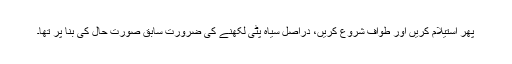
پھر استیلام کریں اور طواف شروع کریں، دراصل سیاہ پٹی لکھنے کی ضرورت سابق صورت حال کی بنا پر تھا۔